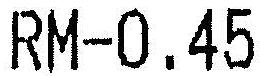
RM-0.45